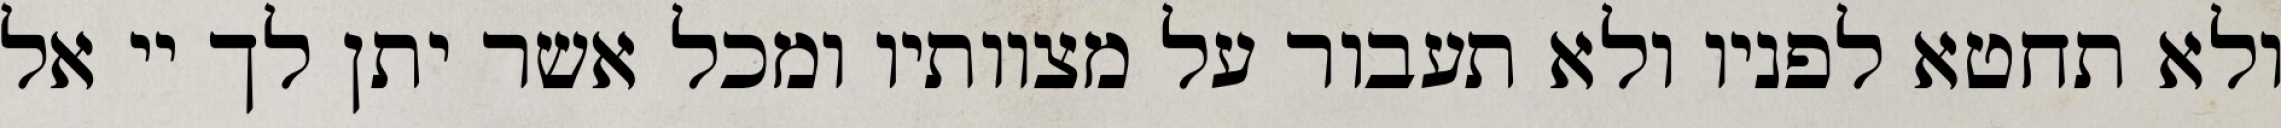
ולא תחטא לפניו ולא תעבור על מצוותיו ומכל אשר יתן לך יי אל